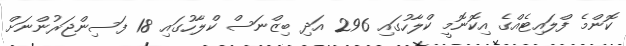
ކޮންމެ ފްލައިޓެއްގެ އިކޮނޮމީ ކްލާހުގައި 296 އަދި ބިޒްނަސް ކްލާހުގައި 18 ފަސިންޖަރުންނަށް